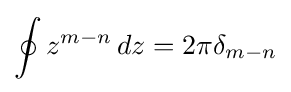
\oint z^{m-n}\,dz=2\pi \delta _{m-n}